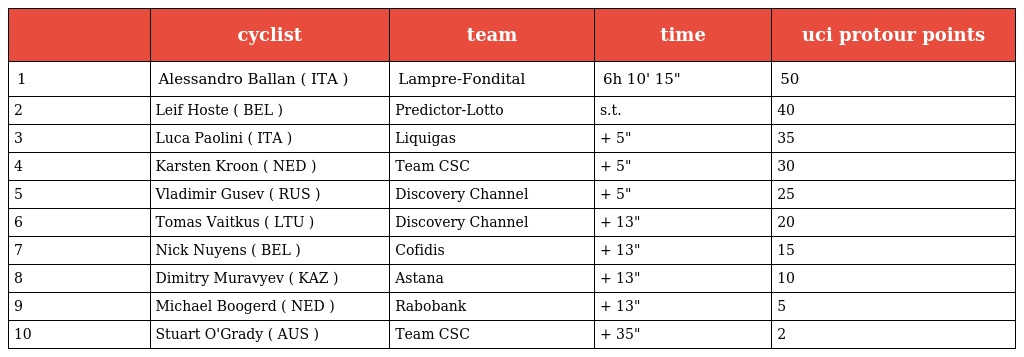
|  | cyclist | team | time | uci protour points |
 | --- | --- | --- | --- | --- |
 | 1 | Alessandro Ballan ( ITA ) | Lampre-Fondital | 6h 10' 15" | 50 |
 | 2 | Leif Hoste ( BEL ) | Predictor-Lotto | s.t. | 40 |
 | 3 | Luca Paolini ( ITA ) | Liquigas | + 5" | 35 |
 | 4 | Karsten Kroon ( NED ) | Team CSC | + 5" | 30 |
 | 5 | Vladimir Gusev ( RUS ) | Discovery Channel | + 5" | 25 |
 | 6 | Tomas Vaitkus ( LTU ) | Discovery Channel | + 13" | 20 |
 | 7 | Nick Nuyens ( BEL ) | Cofidis | + 13" | 15 |
 | 8 | Dimitry Muravyev ( KAZ ) | Astana | + 13" | 10 |
 | 9 | Michael Boogerd ( NED ) | Rabobank | + 13" | 5 |
 | 10 | Stuart O'Grady ( AUS ) | Team CSC | + 35" | 2 |